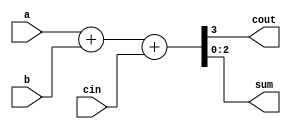
module adder(cout,sum,a,b,cin);
	input [2:0] a,b;
	input cin;
	output [2:0] sum;
	output cout;
		assign {cout,sum} = a + b + cin;

endmodule